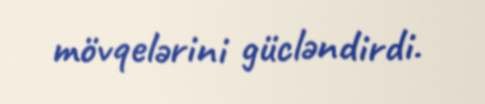
mövqelərini gücləndirdi.